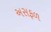
અસફળ